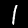
Label: 1